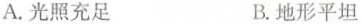
A.光照充足 B.地形平坦